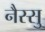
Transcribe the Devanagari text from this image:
नैस्सु